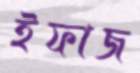
ইফাজ